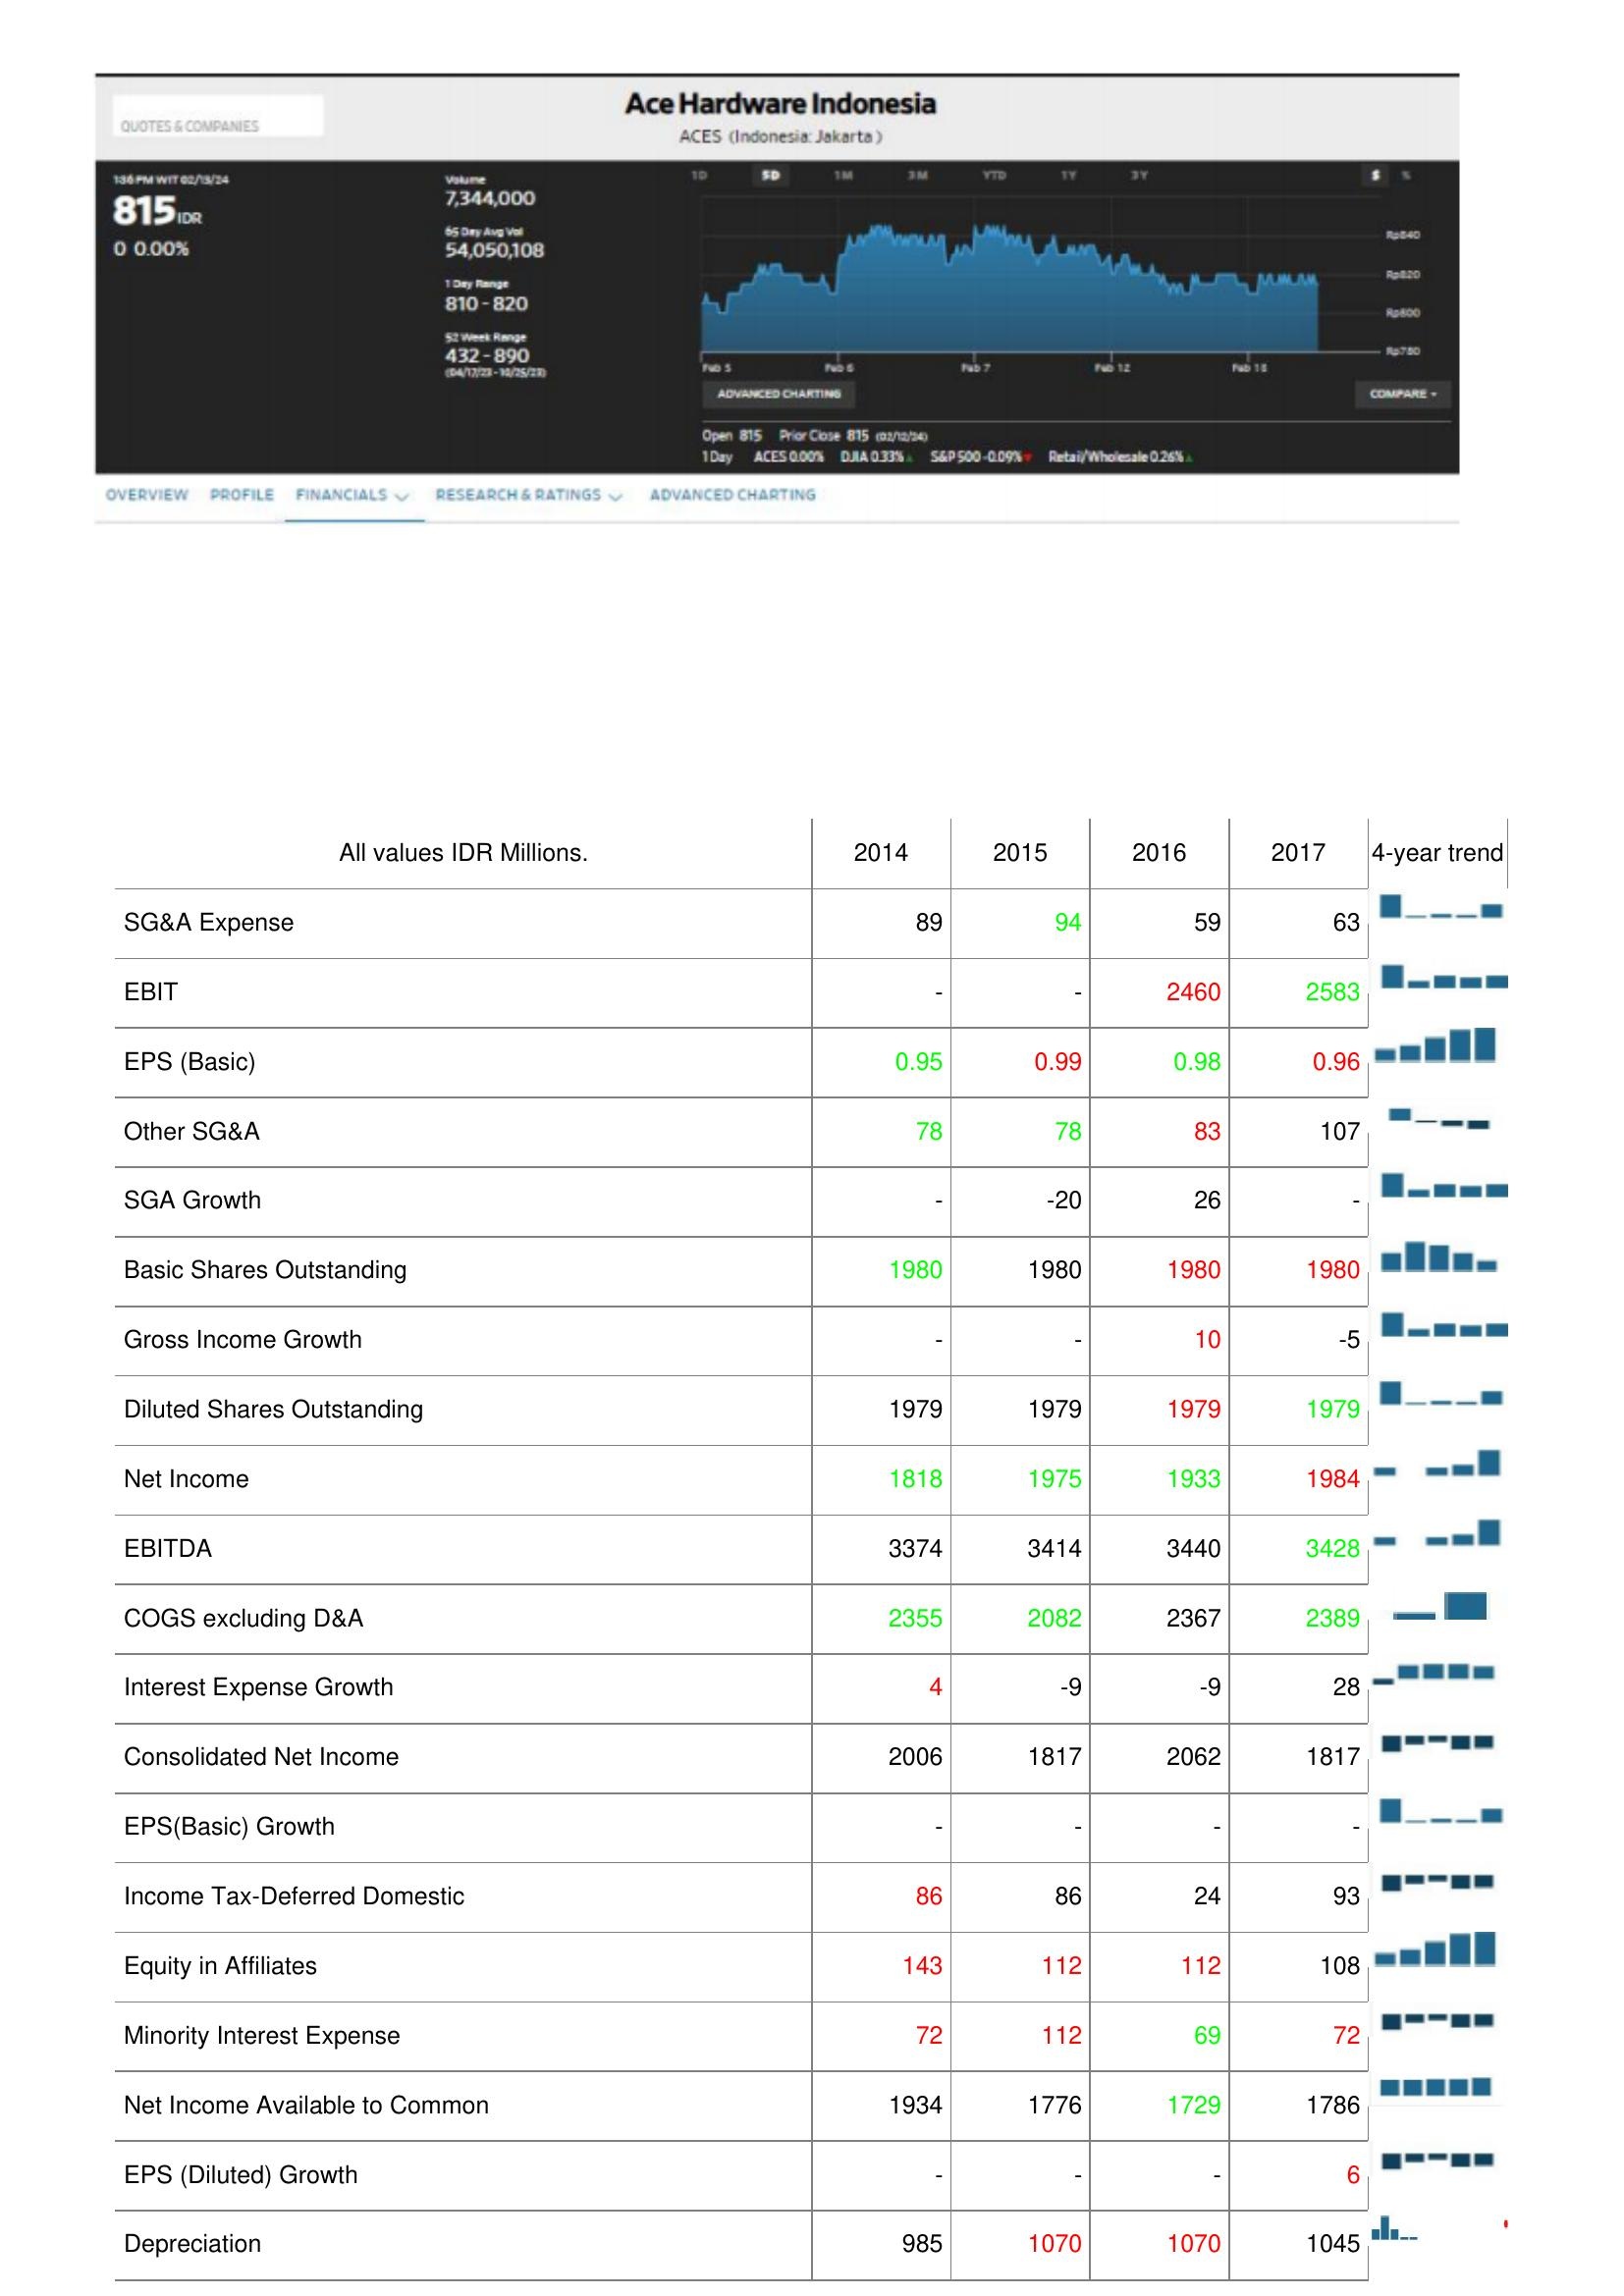
2014: : SG&A Expense: 89
EBIT: -
EPS (Basic): 0.95
Other SG&A: 78
SGA Growth: -
Basic Shares Outstanding: 1980
Gross Income Growth: -
Diluted Shares Outstanding: 1979
Net Income: 1818
EBITDA: 3374
COGS excluding D&A: 2355
Interest Expense Growth: 4
Consolidated Net Income: 2006
EPS(Basic) Growth: -
Income Tax-Deferred Domestic: 86
Equity in Affiliates: 143
Minority Interest Expense: 72
Net Income Available to Common: 1934
EPS (Diluted) Growth: -
Depreciation: 985
2015: : SG&A Expense: 94
EBIT: -
EPS (Basic): 0.99
Other SG&A: 78
SGA Growth: -20
Basic Shares Outstanding: 1980
Gross Income Growth: -
Diluted Shares Outstanding: 1979
Net Income: 1975
EBITDA: 3414
COGS excluding D&A: 2082
Interest Expense Growth: -9
Consolidated Net Income: 1817
EPS(Basic) Growth: -
Income Tax-Deferred Domestic: 86
Equity in Affiliates: 112
Minority Interest Expense: 112
Net Income Available to Common: 1776
EPS (Diluted) Growth: -
Depreciation: 1070
2016: : SG&A Expense: 59
EBIT: 2460
EPS (Basic): 0.98
Other SG&A: 83
SGA Growth: 26
Basic Shares Outstanding: 1980
Gross Income Growth: 10
Diluted Shares Outstanding: 1979
Net Income: 1933
EBITDA: 3440
COGS excluding D&A: 2367
Interest Expense Growth: -9
Consolidated Net Income: 2062
EPS(Basic) Growth: -
Income Tax-Deferred Domestic: 24
Equity in Affiliates: 112
Minority Interest Expense: 69
Net Income Available to Common: 1729
EPS (Diluted) Growth: -
Depreciation: 1070
2017: : SG&A Expense: 63
EBIT: 2583
EPS (Basic): 0.96
Other SG&A: 107
SGA Growth: -
Basic Shares Outstanding: 1980
Gross Income Growth: -5
Diluted Shares Outstanding: 1979
Net Income: 1984
EBITDA: 3428
COGS excluding D&A: 2389
Interest Expense Growth: 28
Consolidated Net Income: 1817
EPS(Basic) Growth: -
Income Tax-Deferred Domestic: 93
Equity in Affiliates: 108
Minority Interest Expense: 72
Net Income Available to Common: 1786
EPS (Diluted) Growth: 6
Depreciation: 1045